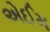
એઈમ